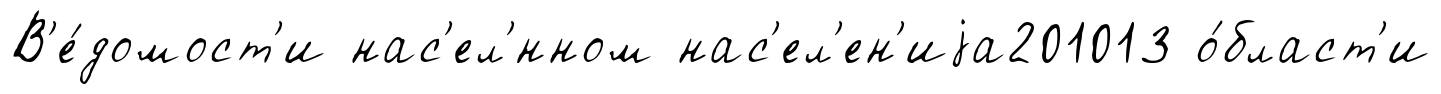
В'е́домост'и нас'ел'́нном нас'ел'ен'иjа201013 о́бласт'и